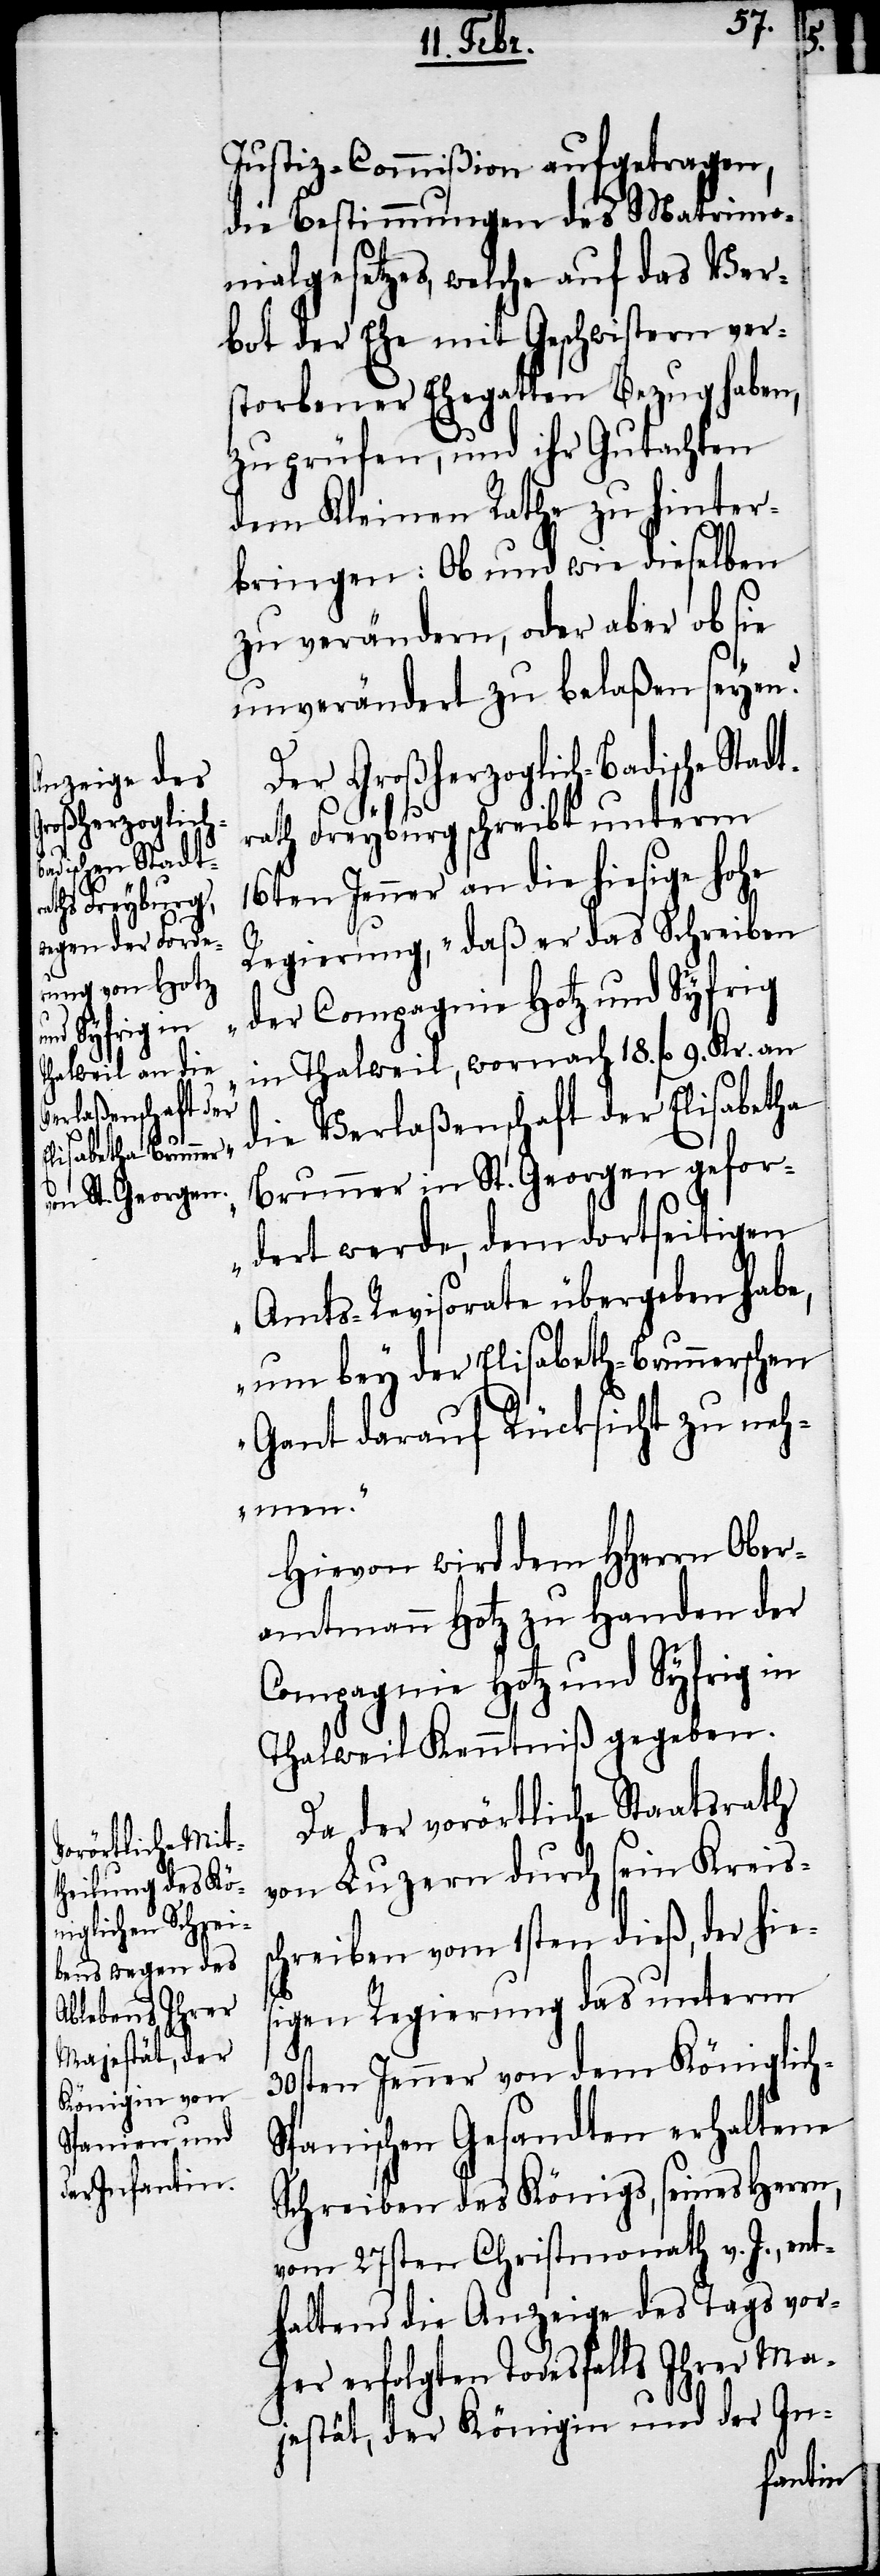
ische Stadt¬

Justiz-Commißion aufgetragen,
die Bestimmungen des Matrimo¬
nialgesetzes, welche auf das Ver¬
bot der Ehe mit Geschwistern ver¬
storbenener Ehegatten Bezug haben,
zu prüfen, und ihr Gutachten
dem Kleinen Rathe zu hinter¬
bringen: Ob und wie dieselben
zu verändern, oder aber ob sie
unverändert zu belaßen seyen?
Der Großherzoglich-Bad¬
rath Freyburg schreibt unterm
16ten Jenner an die hiesige hohe
Regierung, „daß er das Schreiben
der Compagnie Hotz und Syfrig
in Thalweil, wonach 18. fl. 9. kr. an
die Verlaßenschaft der Elisabetha
Brunner in St. Georgen gefor¬
dert werde, dem dortseitigen
Amts-Revisorate übergeben habe,
um bey der Elisabeth-Brunnerschen
Gant darauf Rücksicht zu neh¬
men."
Hievon wird dem HHerrn Ober¬
amtmann Hotz zu Handen der
Compagnie Hotz und Syfrig in
Thalweil Kenntniß gegeben.
Da der vorörtliche Staatsrath
von Luzern durch sein Kreiss¬
chreiben vom 1sten dieß, der hie¬
sigen Regierung das unterm
30sten Jenner von dem Königlich-S¬
panischen Gesandten erhaltene
Schreiben des Königs, seines Herrn,
vom 27sten Christmonath v. J., ent¬
haltend die Anzeige des Tags vor¬
her erfolgten Todesfalls Ihrer Ma¬
jestät, der Königin und der In-